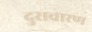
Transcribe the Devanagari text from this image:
दुराचारण